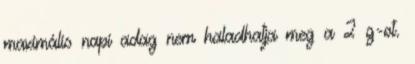
maximális napi adag nem haladhatja meg a 2 g-ot.